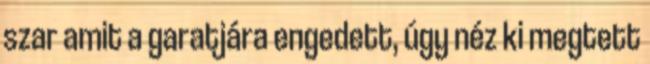
szar amit a garatjára engedett, úgy néz ki megtett